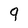
Character: 9